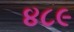
૪૮૯